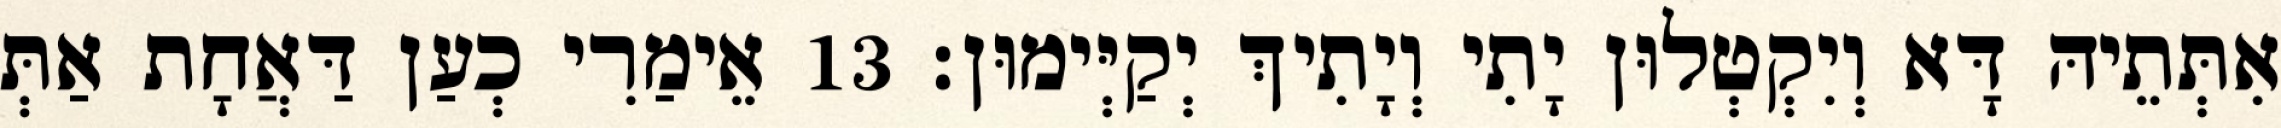
אִתְּתֵיהּ דָּא וְיִקְטְלוּן יָתִי וְיָתִיךְ יְקַיְּימוּן׃ 13 אֵימַרִי כְעַן דַּאֲחָת אַתְּ